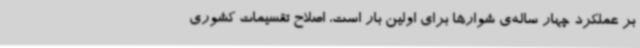
بر عملکرد چهار ساله‌ی شوارها برای اولین بار است، اصلاح تقسیمات کشوری